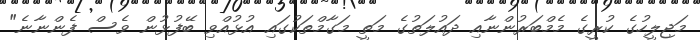
މަޖިލީހުގެ ކުރީގެ މެމްބަރުންނާއި ދައުލަތުގެ މަތީ މަގާމްތަކުގައި އުޅުއްވި ބޭފުޅުން ވެސް ފެންނާނެ"